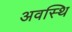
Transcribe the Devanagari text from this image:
अवस्थि